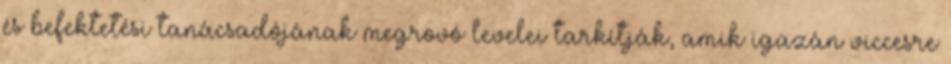
és befektetési tanácsadójának megrovó levelei tarkítják, amik igazán viccesre